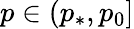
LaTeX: p\in(p_{*},p_{0}]